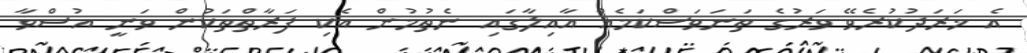
އެ ޚަރަދުކުރެވޭ ވަރުގެ ތަނަވަސްކަމެއް އާއިލާގައި ނެތުމުން އެކި ފަރާތްތަކުން ވަނީ އުސްވާ